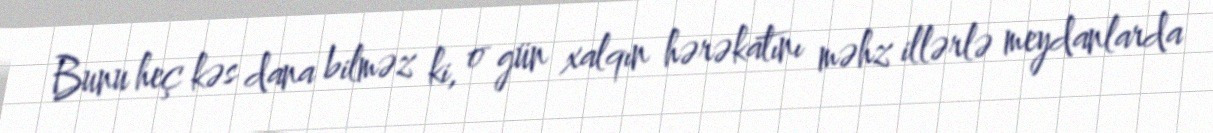
Bunu heç kəs dana bilməz ki, o gün xalqın hərəkatını məhz illərlə meydanlarda